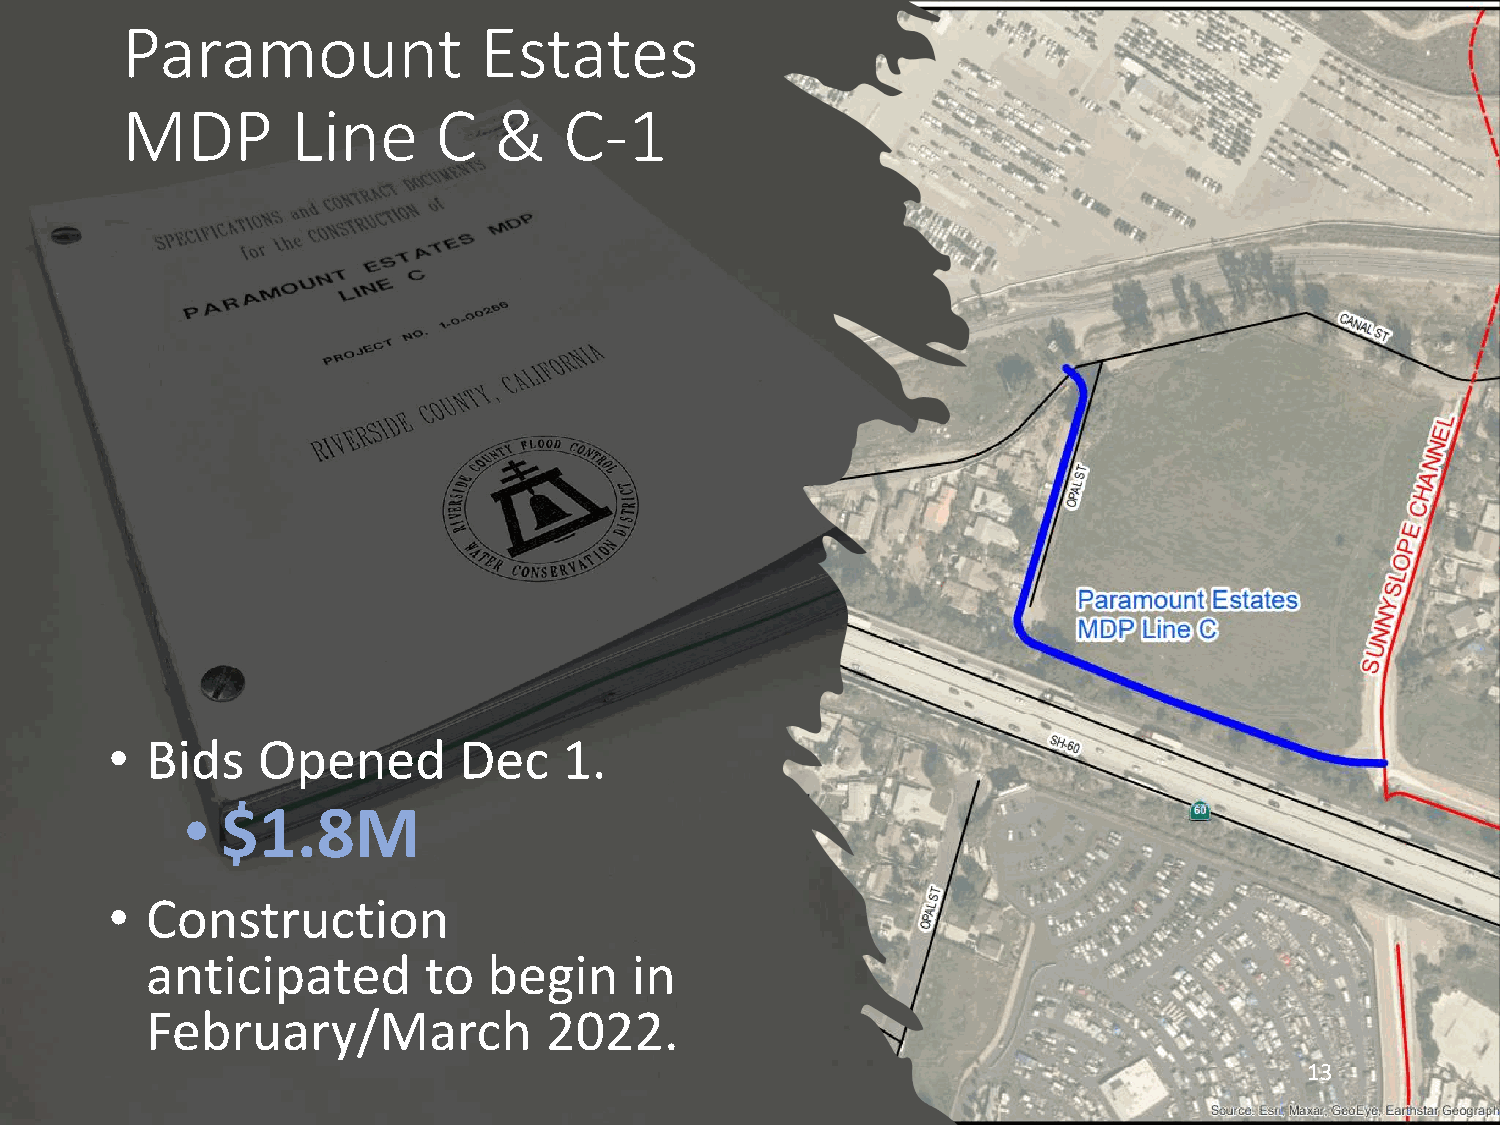
Paramount               Estates
 MDP        Line      C   &   C-1
 •  Bids   Opened       Dec    1.
 •  $1.8M
 •  Construction
 anticipated       to  begin     in
 February/March            2022.
 13